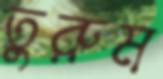
তুরুম